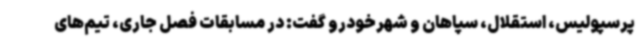
پرسپولیس، استقلال، سپاهان و شهرخودرو گفت: در مسابقات فصل جاری، تیم‌های